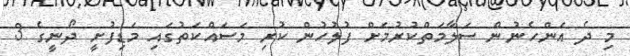
މި ދެ އަންހެނުން ސަލާމަތްކުރުމަށް ފުލުހުން ކުރި މަސައްކަތުގައި މަޑިފުށީ ދޯނީގެ 3